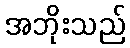
အဘိုးသည်